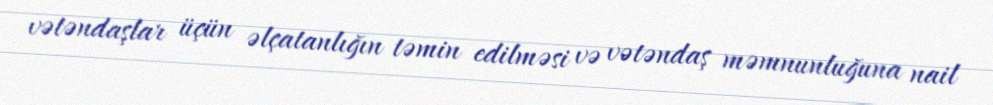
vətəndaşlar üçün əlçatanlığın təmin edilməsi və vətəndaş məmnunluğuna nail